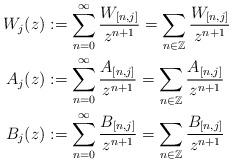
LaTeX: \begin{align*}W_{j}(z) & :=\sum_{n=0}^{\infty}\frac{W_{[n,j]}}{z^{n+1}}=\sum_{n\in\mathbb{Z}}\frac{W_{[n,j]}}{z^{n+1}}\\A_{j}(z) & :=\sum_{n=0}^{\infty}\frac{A_{[n,j]}}{z^{n+1}}=\sum_{n\in\mathbb{Z}}\frac{A_{[n,j]}}{z^{n+1}} \\B_{j}(z) & :=\sum_{n=0}^{\infty}\frac{B_{[n,j]}}{z^{n+1}}=\sum_{n\in\mathbb{Z}}\frac{B_{[n,j]}}{z^{n+1}}\end{align*}